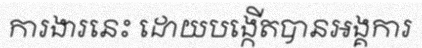
ការងារនេះ ដោយបង្កើតបានអង្គការ